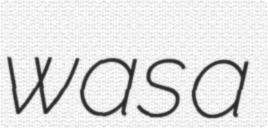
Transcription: was a